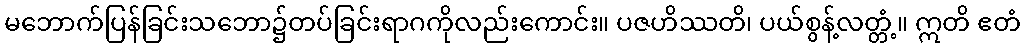
မဘောက်ပြန်ခြင်းသဘော၌တပ်ခြင်းရာဂကိုလည်းကောင်း။ ပဇဟိဿတိ၊ ပယ်စွန့်လတ္တံ့။ ဣတိ ဧတံ